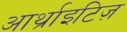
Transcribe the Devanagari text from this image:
आर्थ्राइटिज़